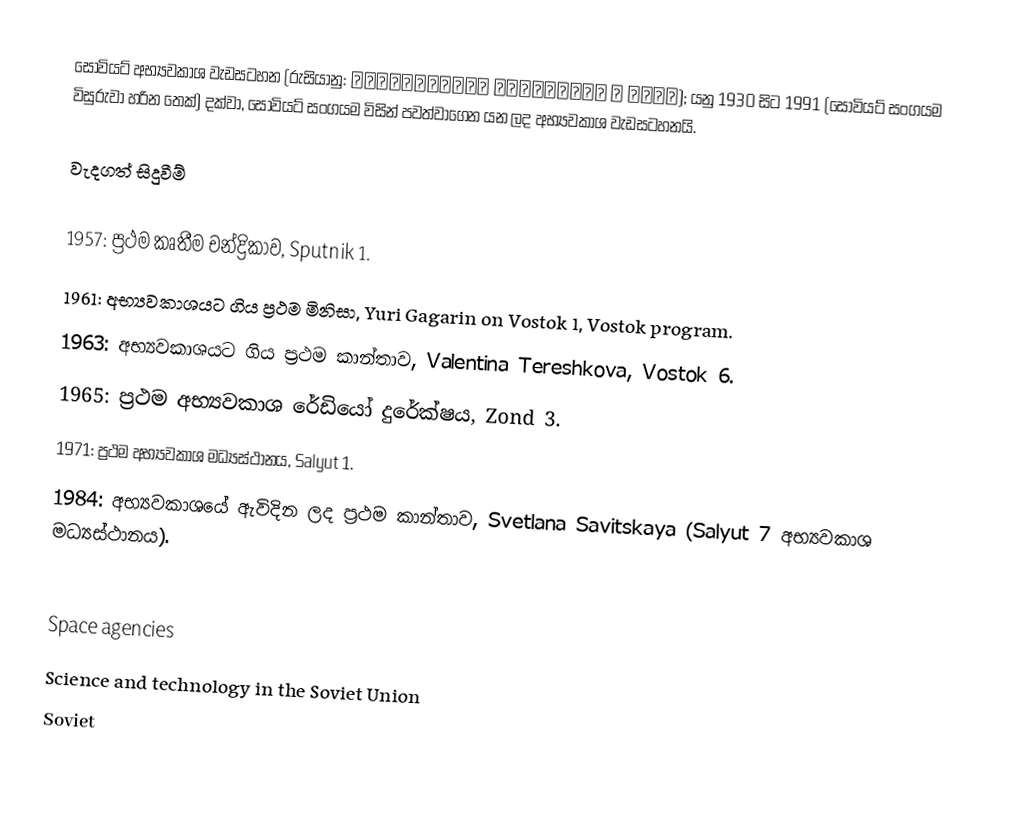
සෝවියට් අභ්‍යවකාශ වැඩසටහන (රුසියානු: Космическая программа в СССР); යනු 1930 සිට 1991 (සෝවියට් සංගයම විසුරුවා හරින තෙක්) දක්වා, සෝවියට් සංගයම විසින් පවත්වාගෙන යන ලද අභ්‍යවකාශ වැඩසටහනයි.

වැදගත් සිදුවීම්

 1957: ප්‍රථම කෘතීම චන්ද්‍රිකාව, Sputnik 1.
 1961: අභ්‍යවකාශයට ගිය ප්‍රථම මිනිසා, Yuri Gagarin on Vostok 1, Vostok program.
 1963: අභ්‍යවකාශයට ගිය ප්‍රථම කාන්තාව, Valentina Tereshkova, Vostok 6.
 1965: ප්‍රථම අභ්‍යවකාශ රේඩියෝ දුරේක්ෂය, Zond 3.
 1971: ප්‍රථම අභ්‍යවකාශ මධ්‍යස්ථානය, Salyut 1.
 1984: අභ්‍යවකාශයේ ඇවිදින ලද ප්‍රථම කාන්තාව, Svetlana Savitskaya (Salyut 7 අභ්‍යවකාශ මධ්‍යස්ථානය).

Space agencies
Science and technology in the Soviet Union
Soviet